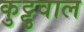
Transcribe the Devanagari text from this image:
कुट्टुवाल